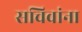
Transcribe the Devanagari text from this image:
सचिवांना